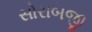
સોરાબજી